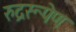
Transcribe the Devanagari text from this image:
रुद्ररूपेण